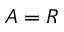
A = R